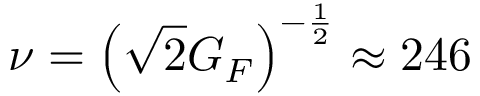
\nu = \left( \sqrt { 2 } G _ { F } \right) ^ { - \frac { 1 } { 2 } } \approx 2 4 6